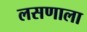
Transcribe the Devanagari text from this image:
लसणाला